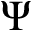
\Psi